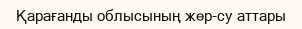
Қарағанды облысының жер-су аттары